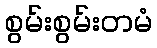
စွမ်းစွမ်းတမံ